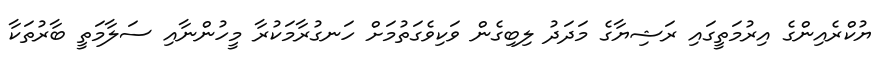
ޔުކްރެއިންގެ އިރުމަތީގައި ރަޝިޔާގެ މަދަދު ލިބިގެން ވަކިވެގަތުމަށް ހަނގުރާމަކުރާ މީހުންނާއި ސަލާމަތީ ބާރުތަކާ